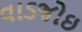
વાડજોઇ